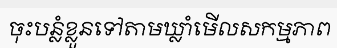
ចុះបន្លំខ្លួនទៅតាមឃ្លាំមើលសកម្មភាព